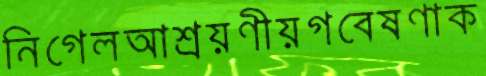
নিগেলআশ্রয়ণীয়গবেষণাক